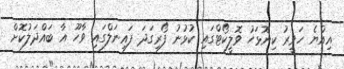
އިއްޔެ ހަވީރު ކިނޮޅަހު ވޮލީކޯޓްގައި ކުޅުނު ފޯރިގަދަ ފައިނަލްގައި ވާހޫ އާ ބައްދަލުކޮށް